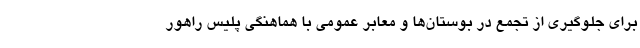
برای جلوگیری از تجمع در بوستان‌ها و معابر عمومی با هماهنگی پلیس راهور